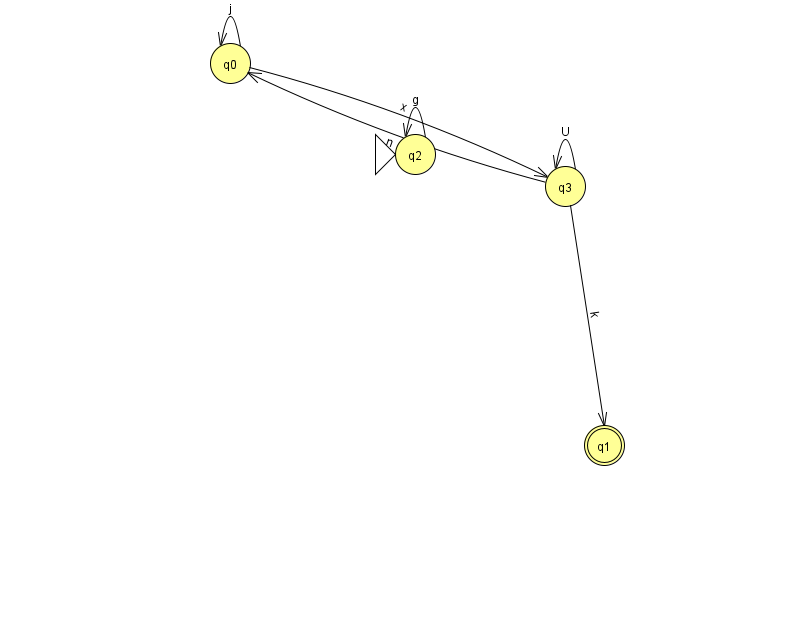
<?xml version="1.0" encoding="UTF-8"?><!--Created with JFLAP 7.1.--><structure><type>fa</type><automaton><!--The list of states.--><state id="0" name="q0"><x>230.0</x><y>50.0</y></state><state id="1" name="q1"><x>604.0</x><y>432.0</y><final/></state><state id="2" name="q2"><x>415.0</x><y>141.0</y><initial/></state><state id="3" name="q3"><x>565.0</x><y>173.0</y></state><!--The list of transitions.--><transition><from>3</from><to>0</to><read>n</read></transition><transition><from>0</from><to>3</to><read>x</read></transition><transition><from>3</from><to>3</to><read>U</read></transition><transition><from>2</from><to>2</to><read>g</read></transition><transition><from>0</from><to>0</to><read>j</read></transition><transition><from>3</from><to>1</to><read>k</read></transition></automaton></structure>